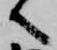
へ